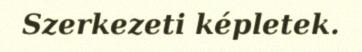
Szerkezeti képletek.